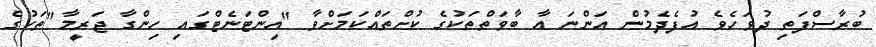
ބުރާސްފަތި ދުވަހެވެ އުފެދެމުން އަންނަ އާ ބާވަތްތަކުގެ ކުށްތައްކަމަށްވާ "އިންޓަނެޓްގައި ހިންގާ ޖަރީމާ"ތަކުގެ